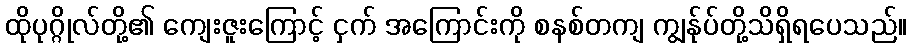
ထိုပုဂ္ဂိုလ်တို့၏ ကျေးဇူးကြောင့် ငှက် အကြောင်းကို စနစ်တကျ ကျွန်ုပ်တို့သိရှိရပေသည်။